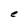
Character: e